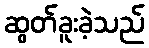
ဆွတ်ခူးခဲ့သည်